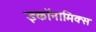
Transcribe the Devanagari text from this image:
इकॉनामिक्स